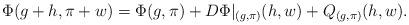
LaTeX: \begin{align*} \Phi(g+h, \pi + w) &= \Phi(g, \pi) + D\Phi|_{(g,\pi)}(h,w) + Q_{(g,\pi)} (h,w).\end{align*}